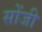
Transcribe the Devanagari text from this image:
सोंजी